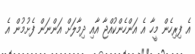
އެ ފިރިހެން މީހާ އެ އަންހެންކުއްޖާ އާއި ދިމާލަށް އަންނަން ފެށުމުން އެ